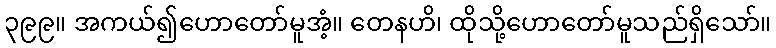
၃၉၉။ အကယ်၍ဟောတော်မူအံ့။ တေနဟိ၊ ထိုသို့ဟောတော်မူသည်ရှိသော်။